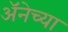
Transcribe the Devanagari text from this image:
अॅनेच्या